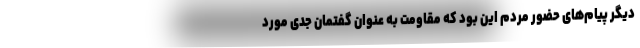
دیگر پیام‌های حضور مردم این بود که مقاومت به عنوان گفتمان جدی مورد